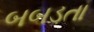
બબડતા